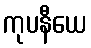
ကုပနီယေ